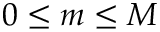
0 \leq m \leq M